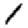
Digit: 1